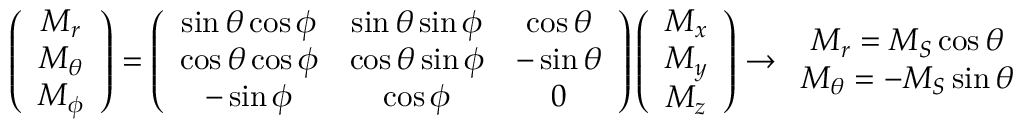
\left( \begin{array} { c } { M _ { r } } \\ { M _ { \theta } } \\ { M _ { \phi } } \end{array} \right) = \left( \begin{array} { c c c } { \sin \theta \cos \phi } & { \sin \theta \sin \phi } & { \cos \theta } \\ { \cos \theta \cos \phi } & { \cos \theta \sin \phi } & { - \sin \theta } \\ { - \sin \phi } & { \cos \phi } & { 0 } \end{array} \right) \left( \begin{array} { c } { M _ { x } } \\ { M _ { y } } \\ { M _ { z } } \end{array} \right) \rightarrow \begin{array} { c } { M _ { r } = M _ { S } \cos \theta } \\ { M _ { \theta } = - M _ { S } \sin \theta } \end{array}